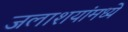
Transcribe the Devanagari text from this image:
जलाशयांमध्ये